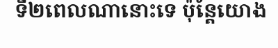
ទី២ពេលណានោះទេ ប៉ុន្តែយោង